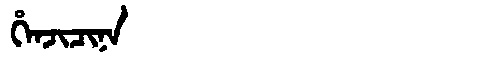
Manchu: ᡥᡝᠨᠵᡳᠴᡳᠨᠠ
Romanization: HENJICINA